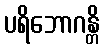
ပရိဘောဂန္တိ